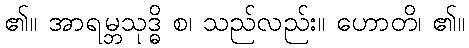
၏။ အာရမ္ဘသုဒ္ဓိ စ၊ သည်လည်း။ ဟောတိ၊ ၏။